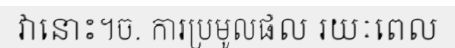
វានោះ។ច. ការប្រមូលផល រយៈពេល